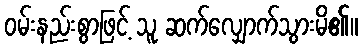
ဝမ်းနည်းစွာဖြင့် သူ ဆက်လျှောက်သွားမိ၏။